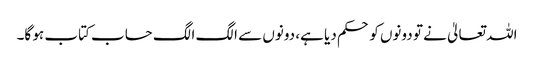
اللہ تعالیٰ نے تو دونوں کو حکم دیا ہے، دونوں سے الگ الگ حساب کتاب ہو گا۔